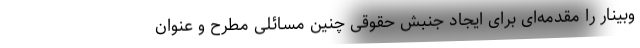
وبینار را مقدمه‌ای برای ایجاد جنبش حقوقی چنین مسائلی مطرح و عنوان